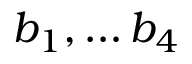
b _ { 1 } , \ldots b _ { 4 }